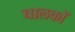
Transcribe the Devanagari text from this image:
चालकोँ